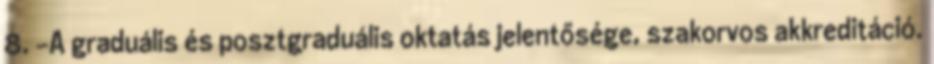
8. -A graduális és posztgraduális oktatás jelentősége, szakorvos akkreditáció.